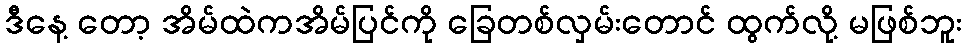
ဒီနေ့ တော့ အိမ်ထဲကအိမ်ပြင်ကို ခြေတစ်လှမ်းတောင် ထွက်လို့ မဖြစ်ဘူး